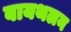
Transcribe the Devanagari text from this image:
बायथलन